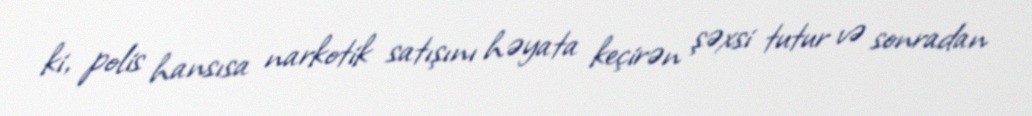
ki, polis hansısa narkotik satışını həyata keçirən şəxsi tutur və sonradan